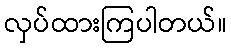
လှပ်ထားကြပါတယ်။